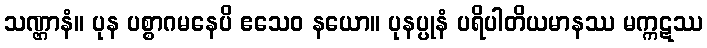
သဏ္ဌာနံ။ ပုန ပစ္စာဂမနေပိ ဧသေဝ နယော။ ပုနပ္ပုနံ ပရိပါတိယမာနဿ မက္ကဋဿ